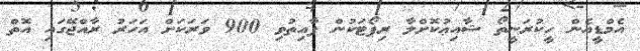
އެމްޑީއެން ހީކުރަނީތޯ ޝާއިޢުކޮށްލާ ރިޕޯޓަކުން ފާއިތުވި 900 ވަރަކަށް އަހަރު ރާއްޖޭގައި އޮތް